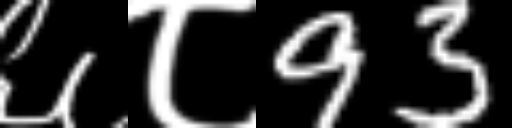
Text: ६८93